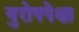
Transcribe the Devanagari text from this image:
युरोपपेक्षा